Problem: 23 + 2 = ?
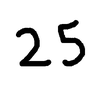
Handwritten answer: 25